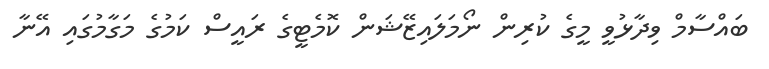
ބައްސާމް ވިދާޅުވީ މީގެ ކުރިން ނޯމަލައިޒޭޝަން ކޮމެޓީގެ ރައީސް ކަމުގެ މަގާމުގައި އޭނާ